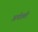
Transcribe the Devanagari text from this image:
अर्धशती